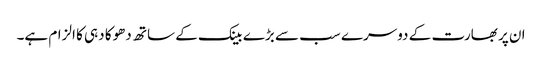
ان پر بھارت کے دوسرے سب سے بڑے بینک کے ساتھ دھوکا دہی کا الزام ہے۔